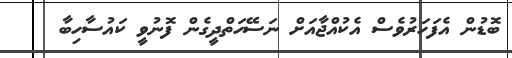
ބޮޑުން އެފަހަރުވެސް އެކުއްޖާއަށް ނަސޭހަތްދީގެން ފޮނުވީ ކައުސާހިބާ